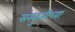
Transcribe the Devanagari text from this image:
संस्कुतीच्या